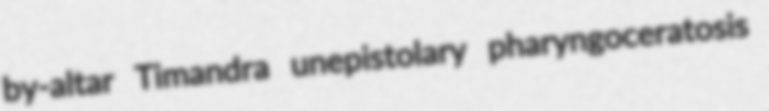
by-altar Timandra unepistolary pharyngoceratosis